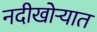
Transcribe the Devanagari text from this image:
नदीखोऱ्यात